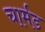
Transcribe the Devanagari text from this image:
चार्मड